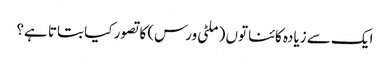
ایک سے زیادہ کائناتوں (ملٹی ورس) کا تصور کیا بتاتا ہے؟